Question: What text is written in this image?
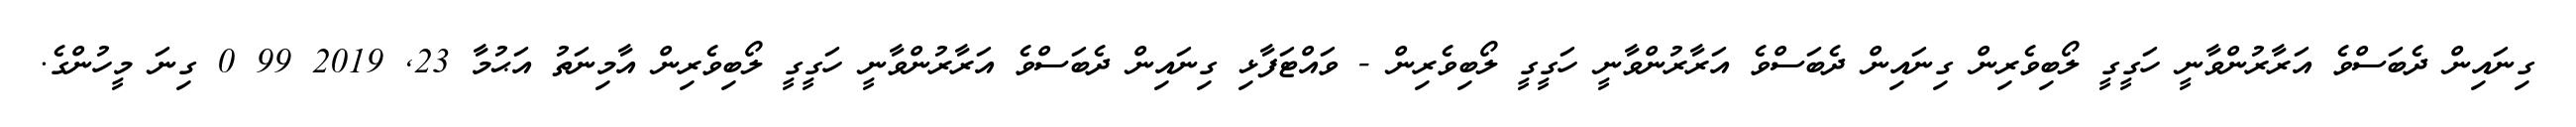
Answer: ގިނައިން ދެބަސްވެ އަރާރުންވާނީ ހަގީގީ ލޯބިވެރިން ގިނައިން ދެބަސްވެ އަރާރުންވާނީ ހަގީގީ ލޯބިވެރިން - ވައްޓަފާޅި ގިނައިން ދެބަސްވެ އަރާރުންވާނީ ހަގީގީ ލޯބިވެރިން އާމިނަތު އަޙުމާ 23, 2019 99 0 ގިނަ މީހުންގެ.